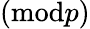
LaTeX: ({\textrm{mod}}p)